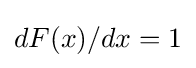
dF(x)/dx=1